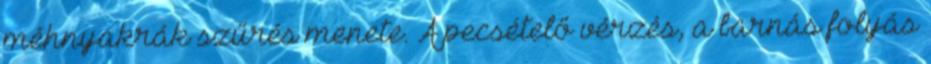
méhnyakrák szűrés menete. A pecsételő vérzés, a barnás folyás